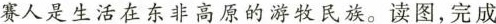
赛人是生活在东非高原的游牧民族。读图，完成